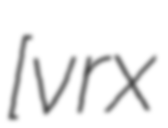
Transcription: [ˈvrɤx